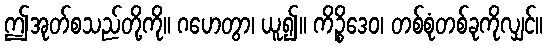
ဤအုတ်စသည်တို့ကို။ ဂဟေတွာ၊ ယူ၍။ ကိဉ္စိဒေဝ၊ တစ်စုံတစ်ခုကိုလျှင်။